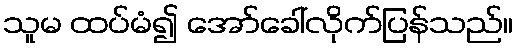
သူမ ထပ်မံ၍ အော်ခေါ်လိုက်ပြန်သည်။